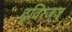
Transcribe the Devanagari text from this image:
द्विरज्जु